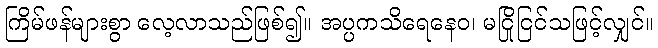
ကြိမ်ဖန်များစွာ လေ့လာသည်ဖြစ်၍။ အပ္ပကသိရေနေဝ၊ မငြိုငြင်သဖြင့်လျှင်။